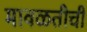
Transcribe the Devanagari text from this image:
मावळतीची